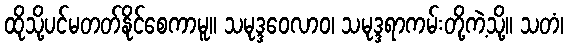
ထိုသို့ပင်မတတ်နိုင်စေကာမူ။ သမုဒ္ဒဝေလာဝ၊ သမုဒ္ဒရာကမ်းတို့ကဲ့သို့။ သတံ၊